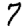
Digit: 7